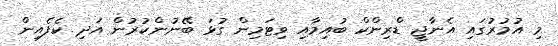
މި އުމުރުގައި އެނާޖީ ޑްރިންކް ބުއިމާއި ވިޓަމިން ގުޅަ ބޭނުންކުރުން އަދި ކެފެއިން